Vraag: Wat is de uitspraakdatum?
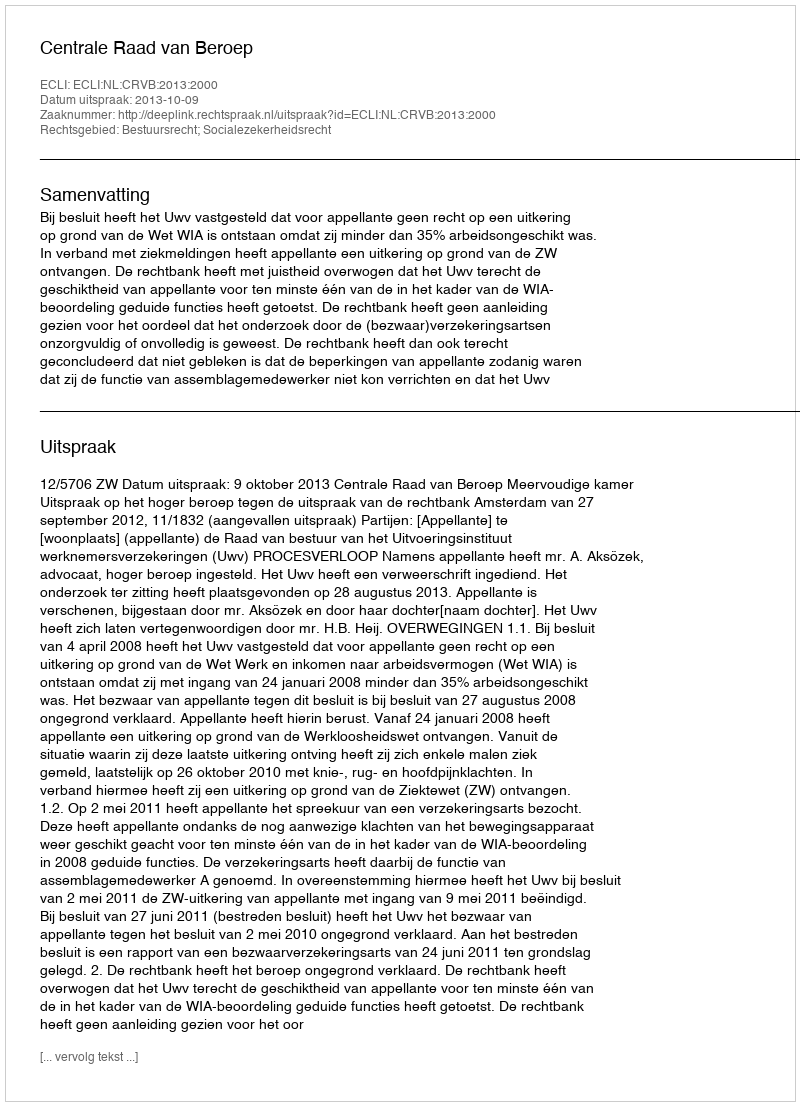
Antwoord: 2013-10-09